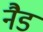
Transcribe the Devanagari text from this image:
नैड